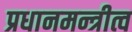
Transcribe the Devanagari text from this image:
प्रधानमन्त्रीत्व